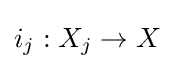
i_{j}:X_{j}\to X